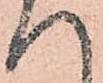
へ